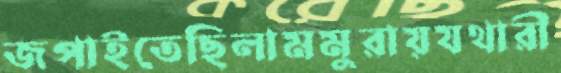
জপাইতেছিলামমুরায়যথারী